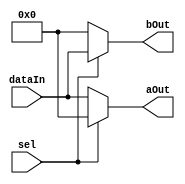
`timescale 1ns / 1ps

// demux 1 to 2

module demux1to2 # (parameter PERM_WIDTH = 8) (dataIn, sel, aOut, bOut);

input 	[PERM_WIDTH-1:0] dataIn;
input                    sel;
output	[PERM_WIDTH-1:0] aOut, bOut;

assign aOut = sel ? 'h0 : dataIn;
assign bOut = sel ? dataIn : 'h0;

endmodule